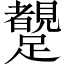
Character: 𨇜